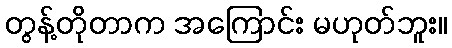
တွန့်တိုတာက အကြောင်း မဟုတ်ဘူး။